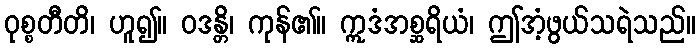
ဝုစ္စတီတိ၊ ဟူ၍။ ဝဒန္တိ၊ ကုန်၏။ ဣဒံအစ္ဆရိယံ၊ ဤအံ့ဖွယ်သရဲသည်။